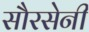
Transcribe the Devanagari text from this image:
सौरसेनी